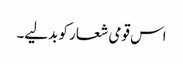
اس قومی شعار کو بدلیے۔